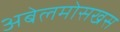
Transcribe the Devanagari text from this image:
अबेलमोसखस